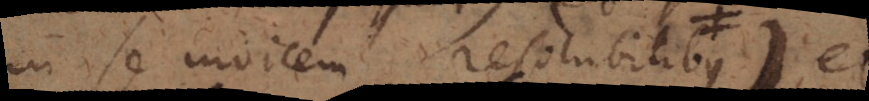
in se invicem resolubilibus) et